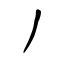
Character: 丿